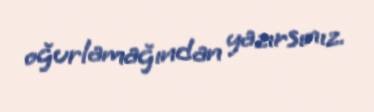
oğurlamağından yazırsınız.